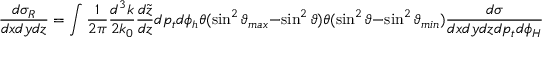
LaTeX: { \frac { d \sigma _ { R } } { d x d y d z } } = \int { \frac { 1 } { 2 \pi } } { \frac { d ^ { 3 } k } { 2 k _ { 0 } } } { \frac { d { \tilde { z } } } { d z } } d p _ { t } d \phi _ { h } \theta ( { \sin ^ { 2 } \vartheta _ { m a x } } - { \sin ^ { 2 } \vartheta } ) \theta ( { \sin ^ { 2 } \vartheta } - { \sin ^ { 2 } \vartheta _ { m i n } } ) { \frac { d \sigma } { d x d y d z d p _ { t } d \phi _ { H } } } ,